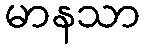
မာနသာ